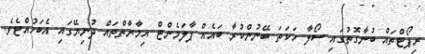
ރިޕޯޓްތައް ބުނާގޮތުގައި ސޯލާ ހަކަތަ ބޭނުންކުރާ ބައެއް ޕާލަމެންޓް އިމާރާތްތައް ދުނިޔޭގައި އެބަހުއްޓެވެ.